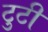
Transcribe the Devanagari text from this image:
टुटी